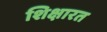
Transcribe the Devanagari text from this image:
शिक्षारत